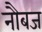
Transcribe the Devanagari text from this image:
नौबज